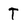
Character: T